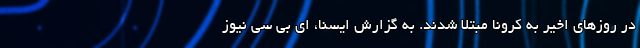
در روزهای اخیر به کرونا مبتلا شدند. به گزارش ایسنا، ای بی سی نیوز